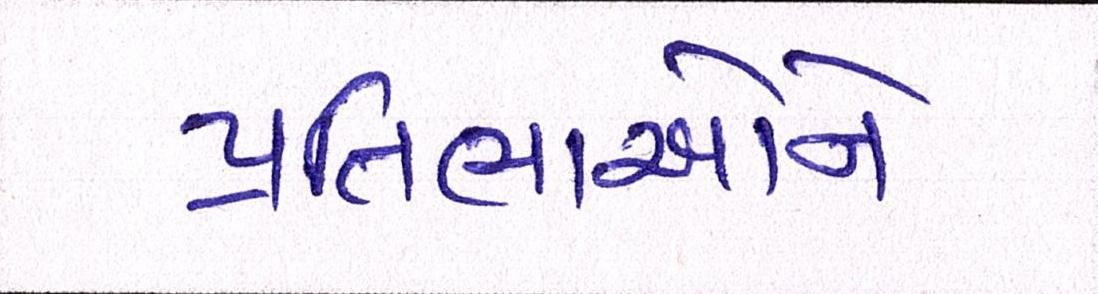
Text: પ્રતિભાઓને